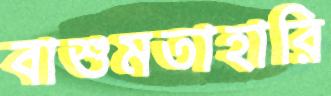
বাশুমতাহারি